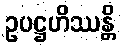
ဥပဋ္ဌဟိဿန္တိ